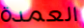
العمدة